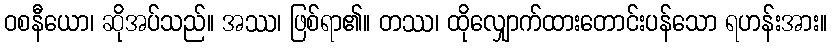
ဝစနီယော၊ ဆိုအပ်သည်။ အဿ၊ ဖြစ်ရာ၏။ တဿ၊ ထိုလျှောက်ထားတောင်းပန်သော ရဟန်းအား။